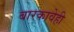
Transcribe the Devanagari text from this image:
बारकावेही